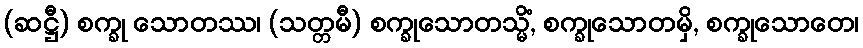
(ဆဋ္ဌီ) စက္ခု သောတဿ၊ (သတ္တမီ) စက္ခုသောတသ္မိံ, စက္ခုသောတမှိ, စက္ခုသောတေ၊